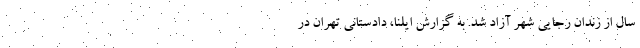
سال از زندان رجایی شهر آزاد شد. به گزارش ایلنا، دادستانی تهران در